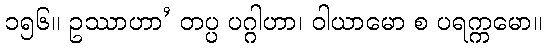
၁၅၆။ ဥဿာဟာ’ တပ္ပ ပဂ္ဂါဟာ၊ ဝါယာမော စ ပရက္ကမော။